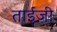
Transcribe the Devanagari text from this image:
ताईज़ी